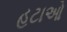
હટાઓ